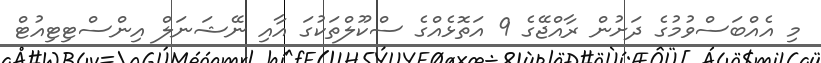
މި އެއްބަސްވުމުގެ ދަށުން ރާއްޖޭގެ 9 އަތޮޅެއްގެ ސްކޫލްތަކުގަ އާއި ނޭޝަނަލް އިންސްޓިޓިއުޓް